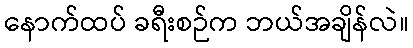
နောက်ထပ် ခရီးစဉ်က ဘယ်အချိန်လဲ။